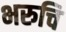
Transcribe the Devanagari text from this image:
भरुचि